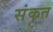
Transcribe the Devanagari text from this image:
संकत